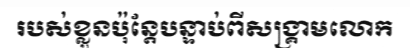
របស់ខ្លួនប៉ុន្តែបន្ទាប់ពីសង្គ្រាមលោក